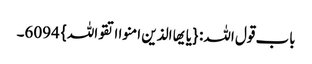
باب قول اللہ: {یایھا الذین امنوا اتقواللہ} 6094۔